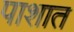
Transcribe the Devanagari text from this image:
पाशात